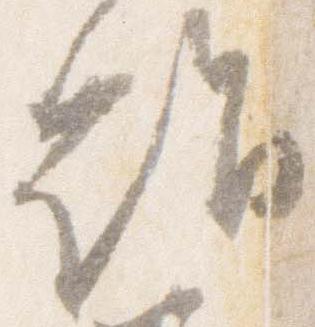
詣